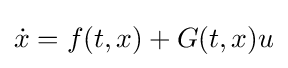
{\dot {x}}=f(t,x)+G(t,x)u